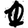
Digit: 1